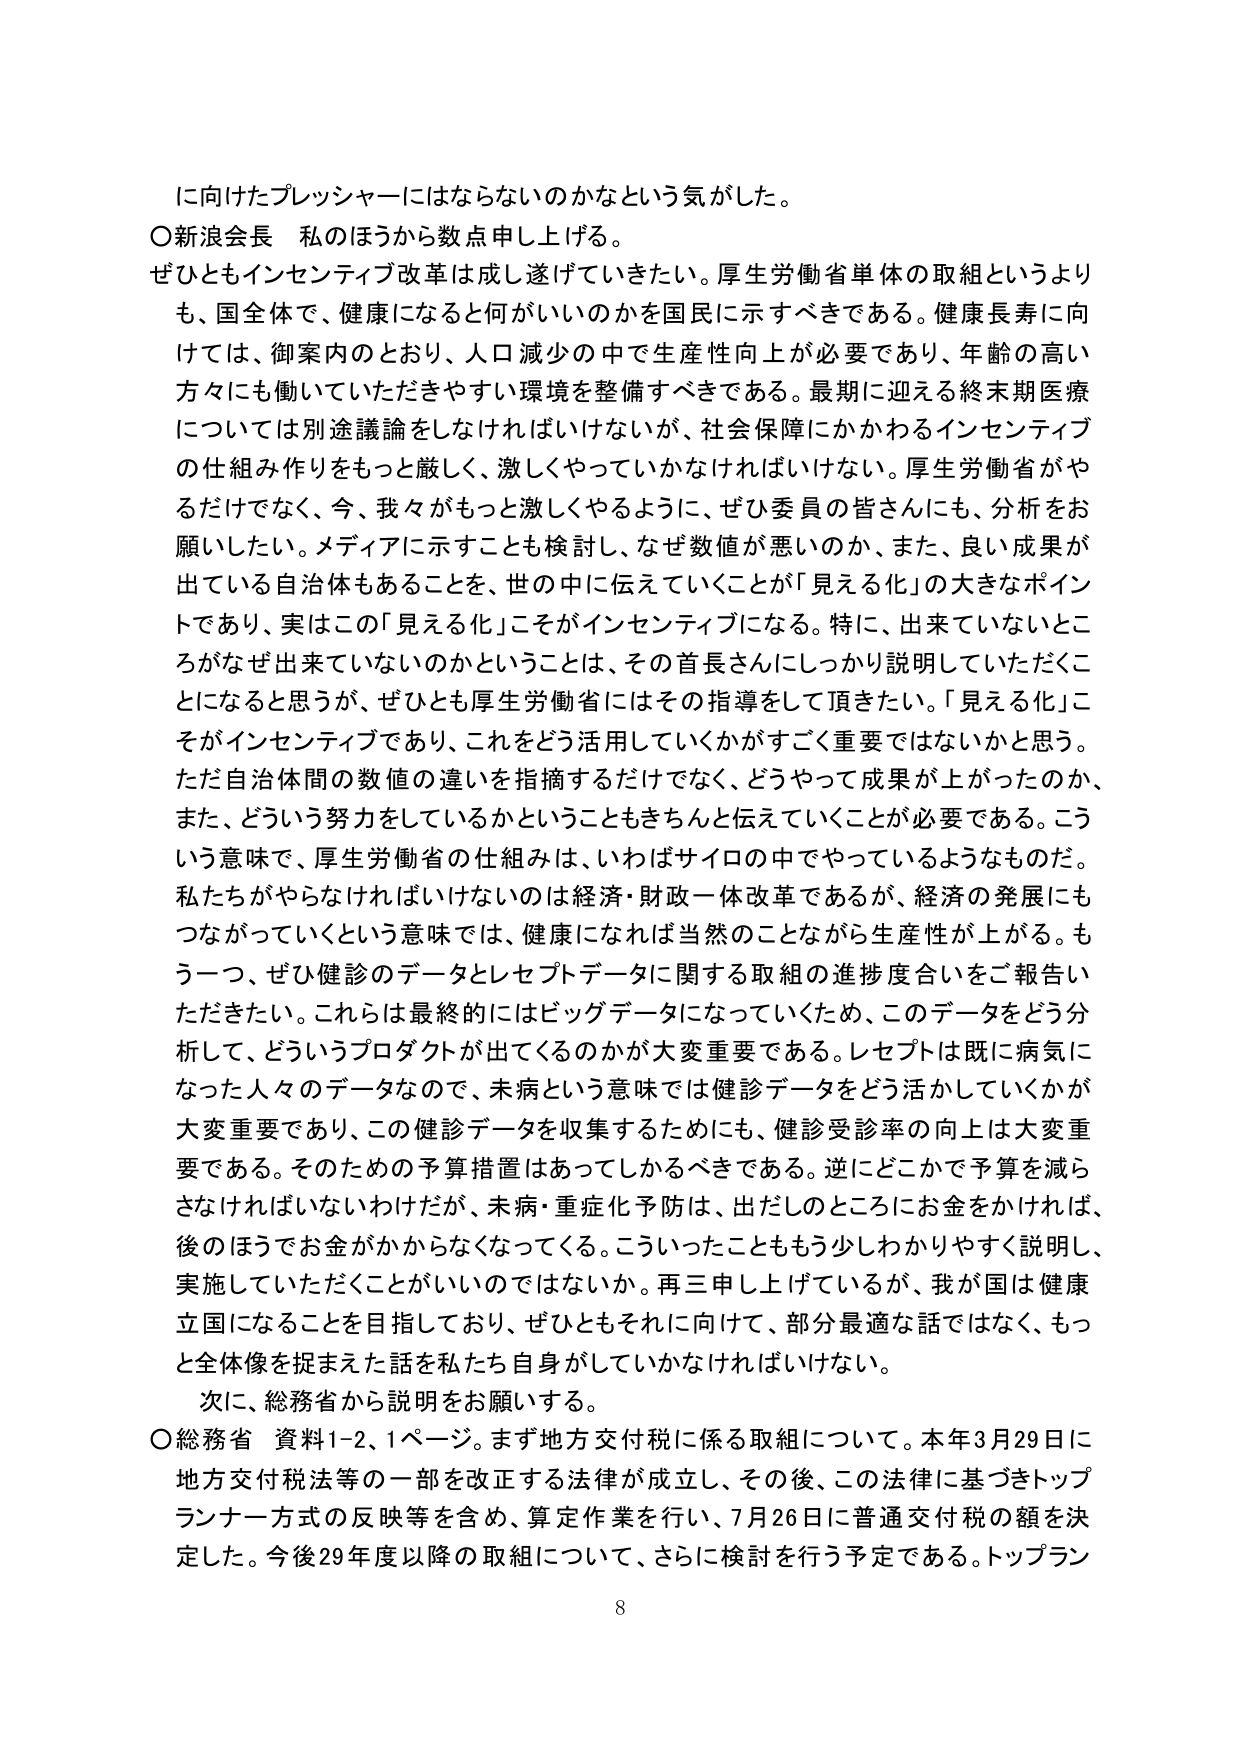
に向けたプレッシャーにはならないのかなという気がした。
○新浪会長 私のほうから数点申し上げる。
ぜひともインセンティブ改革は成し遂げていきたい。厚生労働省単体の取組というよりも、国全体で、健康になると何がいいのかを国民に示すべきである。健康長寿に向けては、御案内のとおり、人口減少の中で生産性向上が必要であり、年齢の高い方々にも働いていただきやすい環境を整備すべきである。最期に迎える終末期医療については別途議論をしなければいけないが、社会保障にかかわるインセンティブの仕組み作りをもっと厳しく、激しくやっていかなければならない。厚生労働省がやるだけでなく、今、我々がもっと激しくやるように、ぜひとも委員の皆さんにも、分析をお願いしたい。メディアに示すことも検討し、なぜ数値が悪いのか、また、良い成果が出ている自治体もあることを、世の中に伝えていくことが「見える化」の大きなポイントであり、実はこの「見える化」こそがインセンティブになる。特に、出ていないところがなぜ出ていないのかということは、その首長さんにしっかり説明していただくことになると思うが、ぜひとも厚生労働省にはその指導をして頂きたい。「見える化」こそがインセンティブであり、これをどう活用していくかがすごく重要ではないかと思う。ただ自治体間の数値の違いを指摘するだけでなく、どうやって成果が上がったのか、また、どういう努力をしているかということもきちんと伝えていくことが必要である。こういう意味で、厚生労働省の仕組みは、いわばサイロの中でやっているようなものだ。私たちがやらなければならないのは経済・財政一体改革であるが、経済の発展にもつながっていくという意味では、健康になれば当然のことながら生産性が上がる。もう一つ、ぜひ健診のデータとレセプトデータに関する取組の進捗度合いをご報告いただきたい。これらは最終的にはビッグデータになっていくため、このデータをどう分析して、どういうプロダクトが出てくるのかが大変重要である。レセプトは既に病気になった人々のデータなので、未病という意味では健診データをどう活かしていくかが大変重要であり、この健診データを収集するためにも、健診受診率の向上は大変重要である。そのための予算措置はあってしかるべきである。逆にどこかで予算を減らさなければならないわけだが、未病・重症化予防は、出だしのところにお金をかければ、後のほうでお金がかからなくなってくる。こういったことももう少しわかりやすく説明し、実施していただくことがいいのではないか。再三申し上げているが、我が国は健康立国になることを目指しており、ぜひともそれに向けて、部分最適な話ではなく、もっと全体像を捉えた話を私たち自身がしていかなければならない。
次に、総務省から説明をお願いする。
○総務省 資料1-2、1ページ。まず地方交付税に係る取組について。本年3月29日に地方交付税法等の一部を改正する法律が成立し、その後、この法律に基づきトップランナー方式の反映等を含め、算定作業を行い、7月26日に普通交付税の額を決定した。今後29年度以降の取組について、さらに検討を行う予定である。トップラン
8